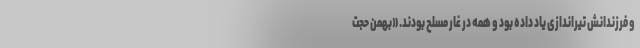
و فرزندانش تیراندازی یاد داده بود و همه در غار مسلح بودند. «بهمن حجت